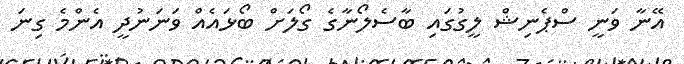
އޭނާ ވަނީ ސްޕެނިޝް ލީގުގައި ބާސެލޯނާގެ ގޯލަށް ބޯޅައެއް ވަނަނުދީ އެންމެ ގިނަ